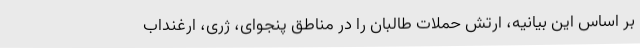
بر اساس این بیانیه، ارتش حملات طالبان را در مناطق پنجوای، ژری، ارغنداب